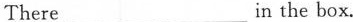
There ___ ___in the box.